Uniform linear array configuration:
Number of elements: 24
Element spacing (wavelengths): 0.75
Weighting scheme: cosine
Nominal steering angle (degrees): -45
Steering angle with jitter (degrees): -44.507
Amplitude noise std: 0.05
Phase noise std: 0.05

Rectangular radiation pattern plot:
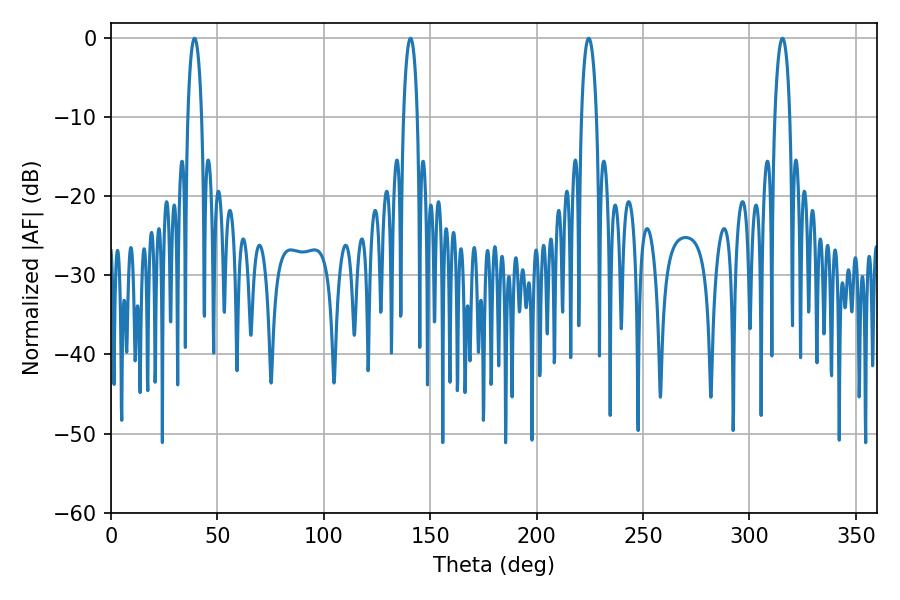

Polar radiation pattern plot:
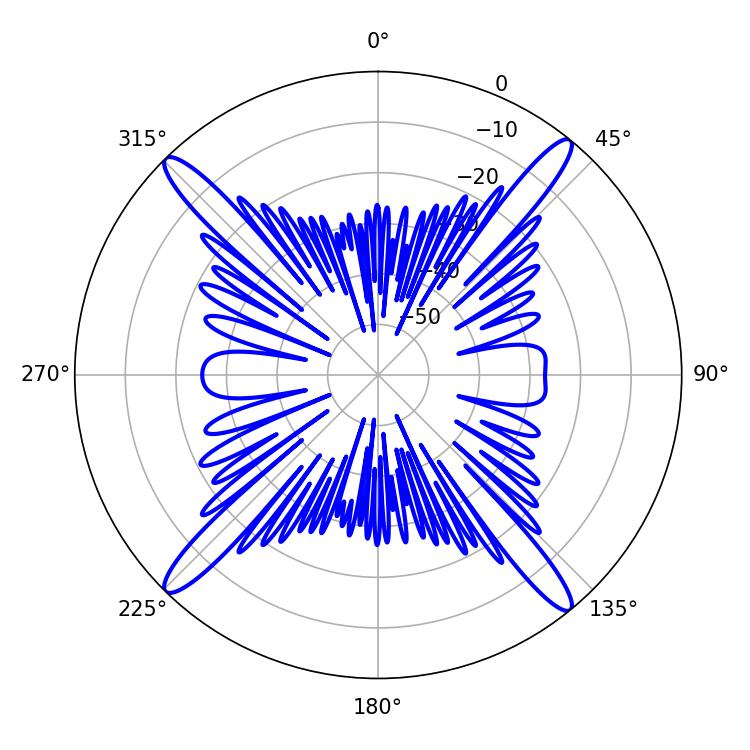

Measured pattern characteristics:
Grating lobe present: TRUE
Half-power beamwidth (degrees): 3.96
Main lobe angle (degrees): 224.46